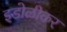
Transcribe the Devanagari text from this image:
इडोळीकर